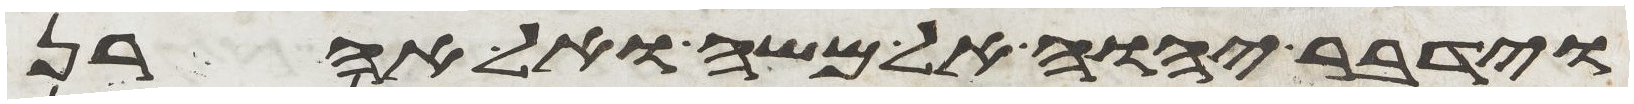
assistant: וידבר יהוה אל משה ואל אהרן